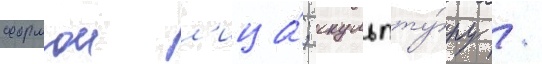
формои л'ица́; скульпту́ру /